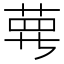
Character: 𦲿